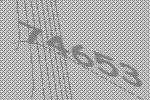
74653